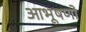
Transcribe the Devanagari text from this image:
आभूषणों